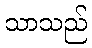
သာသည်